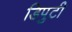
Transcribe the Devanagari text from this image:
डिपुटी